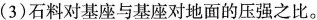
(3)石料对基座与基座对地面的压强之比。